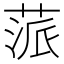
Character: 蒎